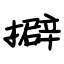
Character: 擗